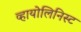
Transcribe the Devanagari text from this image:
व्हायोलिनिस्ट